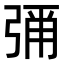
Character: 𭚶